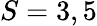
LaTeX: S=3,5